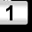
Digit: 1